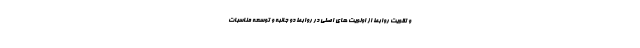
و تقویت روابط از اولویت های اصلی در روابط دو جانبه و توسعه مناسبات